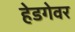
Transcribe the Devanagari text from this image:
हेडगेवर